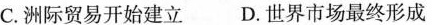
C.洲际贸易开始建立 D.世界市场最终形成